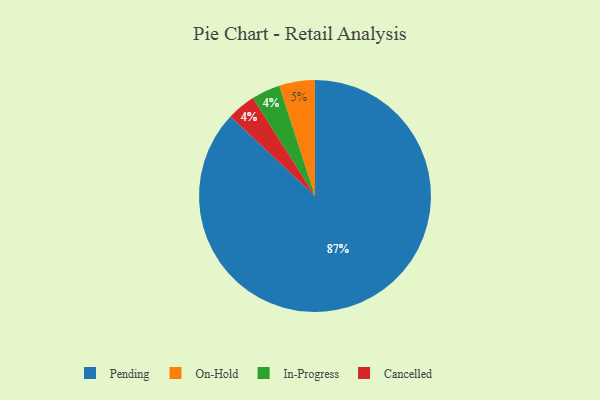
{"axis": {"x": "Category", "y": "Percentage"}, "legend": ["Cancelled", "In-Progress", "On-Hold", "Pending"], "data": [{"x": "In-Progress", "y": 4, "type": "In-Progress"}, {"x": "Cancelled", "y": 4, "type": "Cancelled"}, {"x": "Pending", "y": 87, "type": "Pending"}, {"x": "On-Hold", "y": 5, "type": "On-Hold"}]}